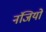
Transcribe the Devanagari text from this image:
नंजियों